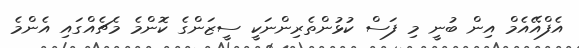
އެފްއޭއެމް އިން ބުނީ މި ފަސް ކުޅުންތެރިންނަކީ ސީޒަންގެ ކޮންމެ މެޗެއްގައި އެންމެ